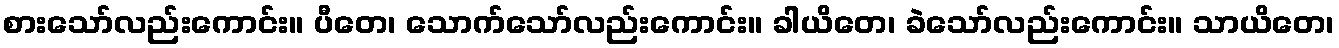
စားသော်လည်းကောင်း။ ပီတေ၊ သောက်သော်လည်းကောင်း။ ခါယိတေ၊ ခဲသော်လည်းကောင်း။ သာယိတေ၊